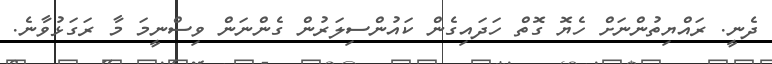
ދެނީ. ރައްޔިތުންނަށް ހެޔޮ ގޮތް ހަދައިގެން ކައުންސިލަރުން ގެންނަން ވިސްނީމަ މާ ރަގަޅުވާނެ.